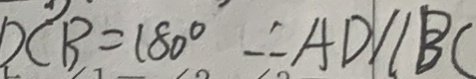
D C B = 1 8 0 ^ { \circ } \therefore A D / / B C